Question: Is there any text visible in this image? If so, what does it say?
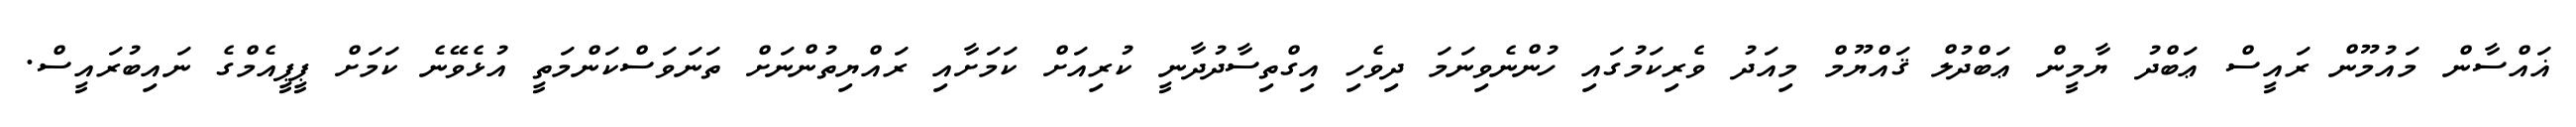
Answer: ޣައްސާން މައުމޫން ރައީސް ޢަބްދު ޔާމީން ޢަބްދުލް ޤައްޔޫމް މިއަދު ވެރިކަމުގައި ހުންނެވިނަމަ ދިވެހި އިގްތިސާދުދާނީ ކުރިއަށް ކަމަށާއި ރައްޔިތުންނަށް ތަނަވަސްކަންމަތީ އުޅެވޭނެ ކަމަށް ޕީޕީއެމްގެ ނައިބުރައީސް.